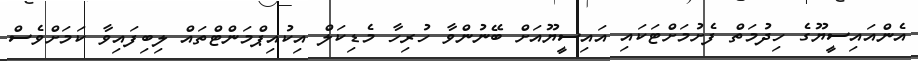
އެންއައިސީޔޫގެ ހިދުމަތް ފެށުމަށްޓަކައި އައިސީޔޫއަށް ބޭނުންވާ ހުރިހާ މެޑިކަލް އިކުއިޕްމަންޓްތައް ލިބިފައިވާ ކަމަށްވެސް